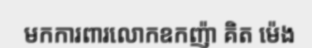
មកការពារលោកឧកញ៉ា គិត ម៉េង